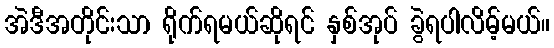
အဲဒီအတိုင်းသာ ရိုက်ရမယ်ဆိုရင် နှစ်အုပ် ခွဲရပါလိမ့်မယ်။